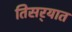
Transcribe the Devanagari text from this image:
तिसर्‍यात